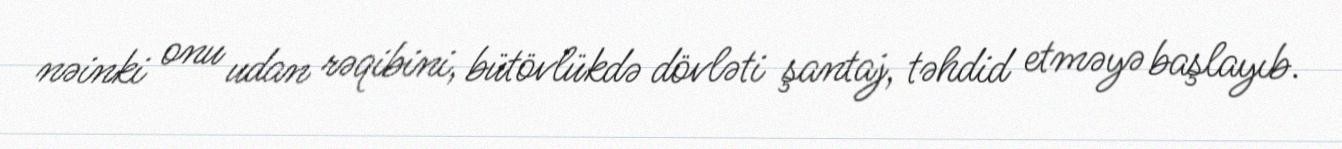
nəinki onu udan rəqibini, bütövlükdə dövləti şantaj, təhdid etməyə başlayıb.